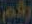
رقم